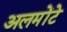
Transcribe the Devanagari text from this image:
अलमोंटे